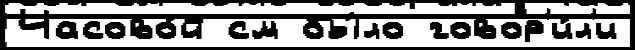
Часово́й см бы́ло говор'и́л'и